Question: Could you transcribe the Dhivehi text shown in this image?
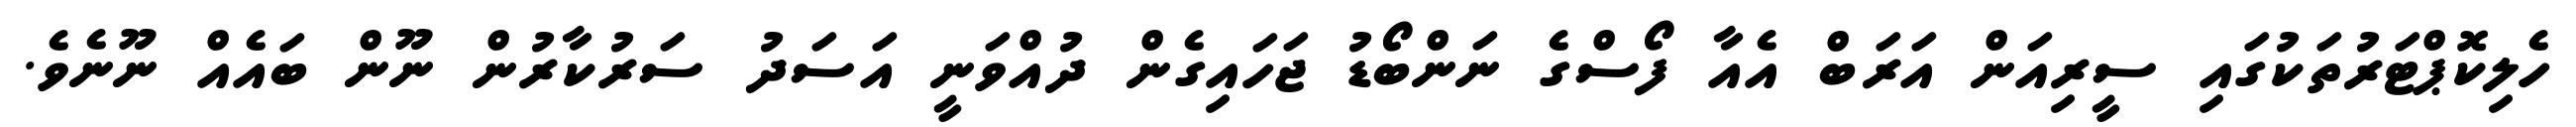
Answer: ހެލިކޮޕްޓަރުތަކުގައި ސީރިއަން އަރަބް އެއާ ފޯސްގެ ނަންބޯޑު ޖަހައިގެން ދުއްވަނީ އަސަދު ސަރުކާރުން ނޫން ބައެއް ނޫނެވެ.